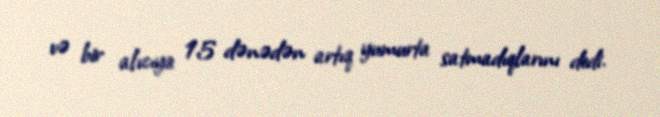
və bir alıcıya 15 dənədən artıq yumurta satmadıqlarını dedi.